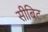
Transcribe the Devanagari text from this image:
सीबिट